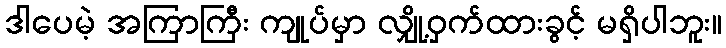
ဒါပေမဲ့ အကြာကြီး ကျုပ်မှာ လျှို့ဝှက်ထားခွင့် မရှိပါဘူး။